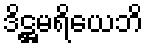
ဒိဋ္ဌမရိယေဘိ